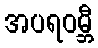
အပရဝမ္ဘီ